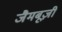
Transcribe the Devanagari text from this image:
जैमबूज़ी